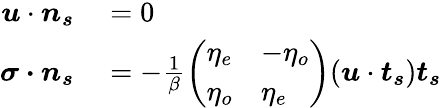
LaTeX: \begin{array}{rl}{\boldsymbol{u}\cdot\boldsymbol{n_{s}}}&{{}=0}\\ {\boldsymbol{\sigma\cdot n_{s}}}&{{}=-\frac{1}{\beta}\left(\begin{array}{ll}{\eta_{e}}&{-\eta_{o}}\\ {\eta_{o}}&{\eta_{e}}\end{array}\right)(\boldsymbol{u}\cdot\boldsymbol{t_{s}})\boldsymbol{t_{s}}}\end{array}